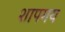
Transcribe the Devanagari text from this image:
शापमय